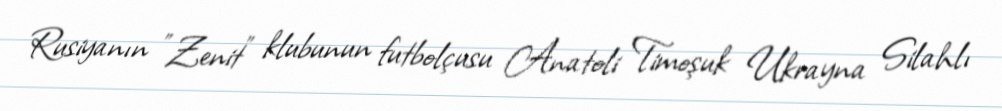
Rusiyanın "Zenit" klubunun futbolçusu Anatoli Timoşuk Ukrayna Silahlı